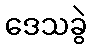
ဒေသခွဲ